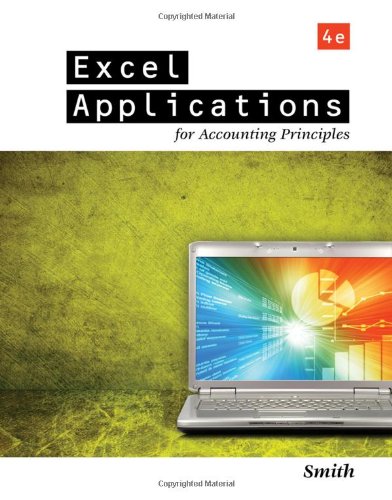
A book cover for Excel Applications for Accounting Principles; Gaylord N. Smith; Computers & Technology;